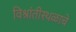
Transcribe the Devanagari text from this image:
विश्रांतीस्थळाचे